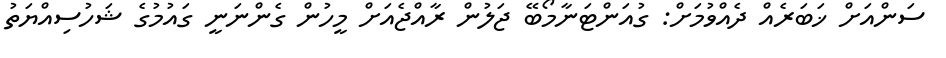
ސަންއަށް ޚަބަރެއް ދެއްވުމަށް: ގުއަންޓަނާމޯބޭ ޖަލުން ރާއްޖެއަށް މީހުން ގެންނަނީ ގައުމުގެ ޝަހުސިއްޔަތު